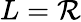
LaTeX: L=\mathcal{R}